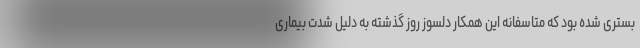
بستری شده بود که متاسفانه این همکار دلسوز روز گذشته به دلیل شدت بیماری